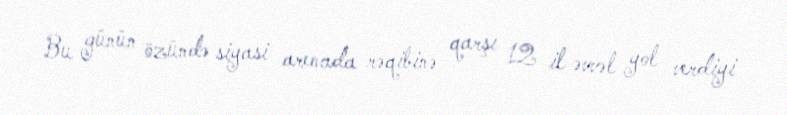
Bu günün özündə siyasi arenada rəqibinə qarşı 12 il əvvəl yol verdiyi